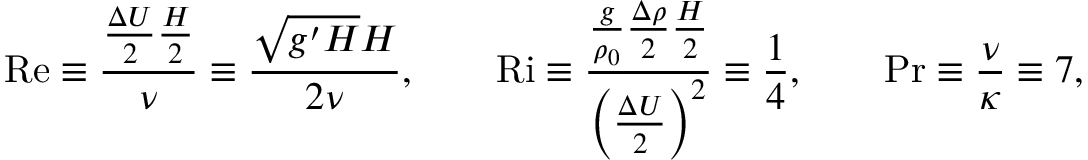
\mathrm { R e } \equiv \frac { \frac { \Delta U } { 2 } \frac { H } { 2 } } { \nu } \equiv \frac { \sqrt { g ^ { \prime } H } H } { 2 \nu } , \qquad \mathrm { R i } \equiv \frac { \frac { g } { \rho _ { 0 } } \frac { \Delta \rho } { 2 } \frac { H } { 2 } } { \Big ( \frac { \Delta U } { 2 } \Big ) ^ { 2 } } \equiv \frac { 1 } { 4 } , \qquad \mathrm { P r } \equiv \frac { \nu } { \kappa } \equiv 7 ,